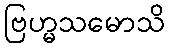
ဗြဟ္မသမောသိ